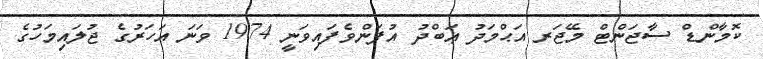
ކޮމާންޑް ސާޖަންޓް މޭޖަރ އަޙްމަދު ޢަބްދު އުފަންވެފައިވަނީ 1974 ވަނަ އަހަރުގެ ޖުލައިމަހުގެ